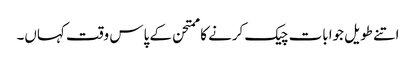
اتنے طویل جوابات چیک کرنے کا ممتحن کے پاس وقت کہاں۔